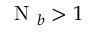
\mathrm { ~ N ~ } _ { b } > 1